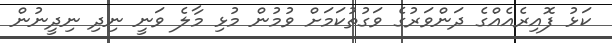
ކަޅު ފޮއިރެއެއްގެ ދަންވަރުގެ ވަގުތުކަމަށް ވުމުން މުޅި މާލެ ވަނީ ނިދި ނިދީނުން